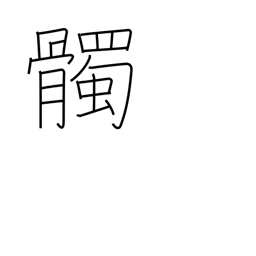
Meaning: skull